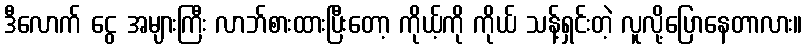
ဒီလောက် ငွေ အများကြီး လာဘ်စားထားပြီးတော့ ကိုယ့်ကို ကိုယ် သန့်ရှင်းတဲ့ လူလို့ပြောနေတာလား။